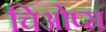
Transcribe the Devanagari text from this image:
चिओप्स